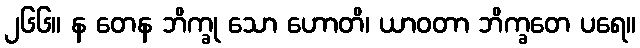
၂၆၆။ န တေန ဘိက္ခု သော ဟောတိ၊ ယာဝတာ ဘိက္ခတေ ပရေ။